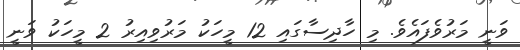
ވަނީ މަރުވެފައެވެ. މި ހާދިސާގައި 12 މީހަކު މަރުވިއިރު 2 މީހަކު ވަނީ